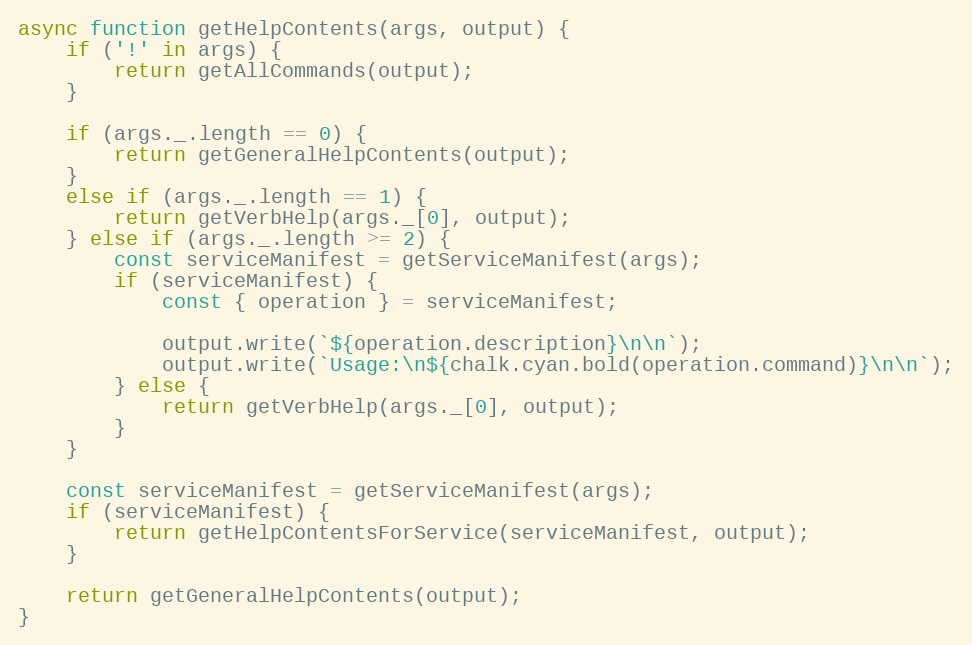
Language: JavaScript
async function getHelpContents(args, output) {
    if ('!' in args) {
        return getAllCommands(output);
    }

    if (args._.length == 0) {
        return getGeneralHelpContents(output);
    }
    else if (args._.length == 1) {
        return getVerbHelp(args._[0], output);
    } else if (args._.length >= 2) {
        const serviceManifest = getServiceManifest(args);
        if (serviceManifest) {
            const { operation } = serviceManifest;

            output.write(`${operation.description}\n\n`);
            output.write(`Usage:\n${chalk.cyan.bold(operation.command)}\n\n`);
        } else {
            return getVerbHelp(args._[0], output);
        }
    }

    const serviceManifest = getServiceManifest(args);
    if (serviceManifest) {
        return getHelpContentsForService(serviceManifest, output);
    }

    return getGeneralHelpContents(output);
}